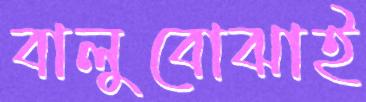
বালুবোঝাই